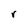
Character: r